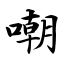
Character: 嘲